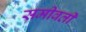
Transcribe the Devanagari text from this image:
समीवर्ती